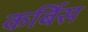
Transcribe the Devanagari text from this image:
कर्बिस